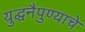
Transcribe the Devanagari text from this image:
युद्धनैपुण्याचे